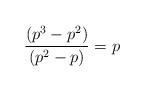
LaTeX: \begin{align*}\frac{(p^3-p^2)}{(p^2-p)} = p\end{align*}